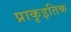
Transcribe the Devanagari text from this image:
प्राकृइतिक